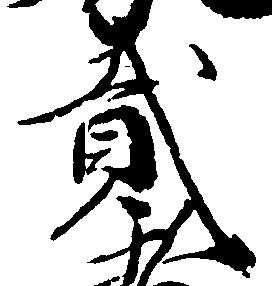
弐